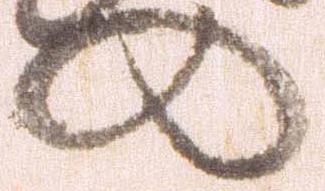
の